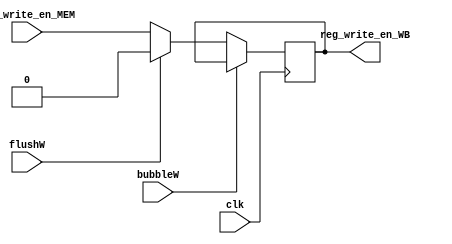
`timescale 1ns / 1ps
//  
    // MEM\WB
// 
    // clk                  
    // reg_write_en_MEM     
    // bubbleW              WBbubble
    // flushW               WBflush
// 
    // reg_write_en_WB      

//   
    // 

module Ctrl_WB(
    input wire clk, bubbleW, flushW,
    input wire reg_write_en_MEM,
    output reg reg_write_en_WB
    );

    initial reg_write_en_WB = 0;
    
    always@(posedge clk)
        if (!bubbleW) 
        begin
            if (flushW)
                reg_write_en_WB <= 0;
            else 
                reg_write_en_WB <= reg_write_en_MEM;
        end
    
endmodule